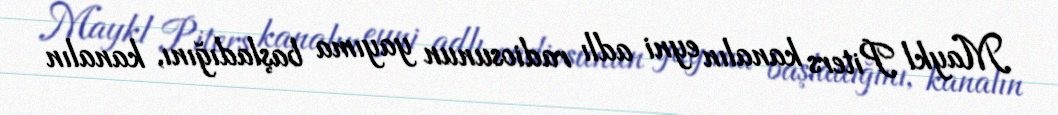
Maykl Piters kanalın eyni adlı radiosunun yayıma başladığını, kanalın